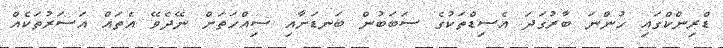
ޑްރިންކްގައި ހުންނަ ބާރުގަދަ އެސިޑްތަކުގެ ސަބަބުން ބަނޑަށާއި ސިއްހަތަށް ނޭދެވޭ އެތައް އަސަރުތަކެއް